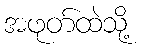
အဖုတ်ထဲသို့